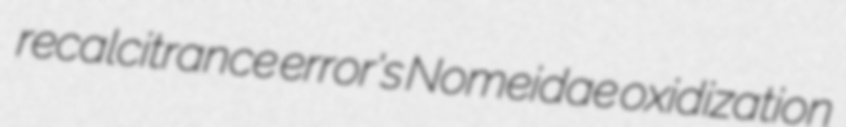
recalcitrance error's Nomeidae oxidization